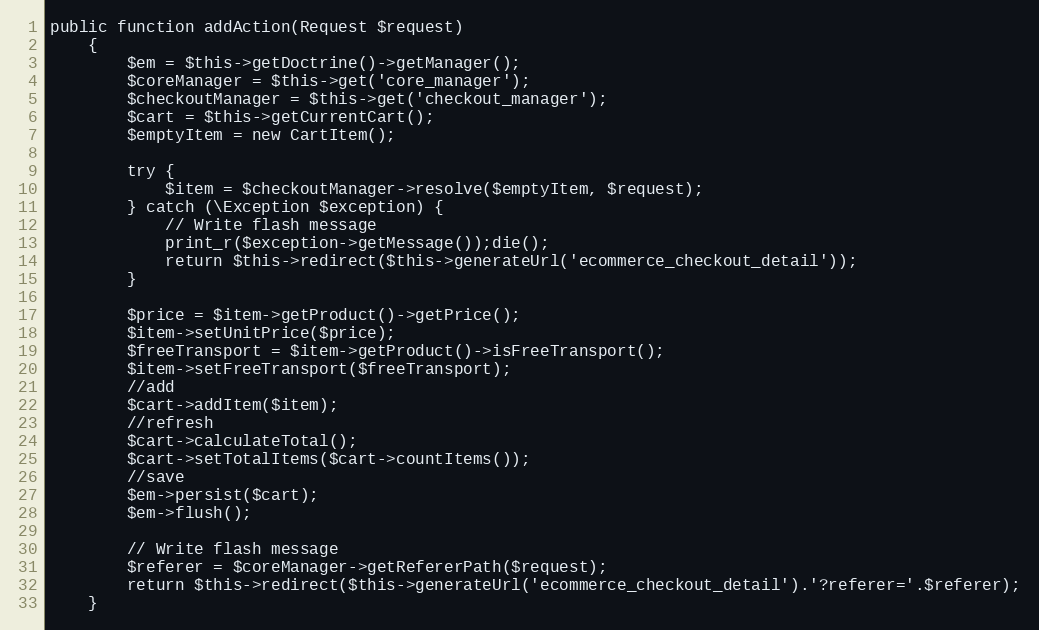
Language: PHP
public function addAction(Request $request)
    {
        $em = $this->getDoctrine()->getManager();
        $coreManager = $this->get('core_manager');
        $checkoutManager = $this->get('checkout_manager');
        $cart = $this->getCurrentCart();
        $emptyItem = new CartItem();

        try {
            $item = $checkoutManager->resolve($emptyItem, $request);
        } catch (\Exception $exception) {
            // Write flash message
            print_r($exception->getMessage());die();
            return $this->redirect($this->generateUrl('ecommerce_checkout_detail'));
        }

        $price = $item->getProduct()->getPrice();
        $item->setUnitPrice($price);
        $freeTransport = $item->getProduct()->isFreeTransport();
        $item->setFreeTransport($freeTransport);
        //add
        $cart->addItem($item);
        //refresh
        $cart->calculateTotal();
        $cart->setTotalItems($cart->countItems());
        //save
        $em->persist($cart);
        $em->flush();

        // Write flash message
        $referer = $coreManager->getRefererPath($request);
        return $this->redirect($this->generateUrl('ecommerce_checkout_detail').'?referer='.$referer);
    }